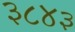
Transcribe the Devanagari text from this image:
३८४३